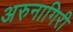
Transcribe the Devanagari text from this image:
अरुनागिरी